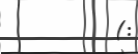
(: